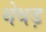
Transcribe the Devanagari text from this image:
थेथड़